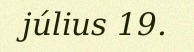
július 19.